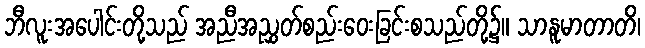
ဘီလူးအပေါင်းတို့သည် အညီအညွှတ်စည်းဝေးခြင်းစသည်တို့၌။ သာနူမာတာတိ၊